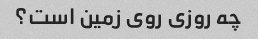
چه روزی روی زمین است؟